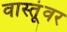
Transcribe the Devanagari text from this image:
वास्तूंवर